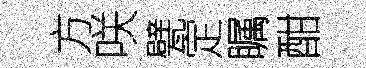
方咲甓定瞩酣